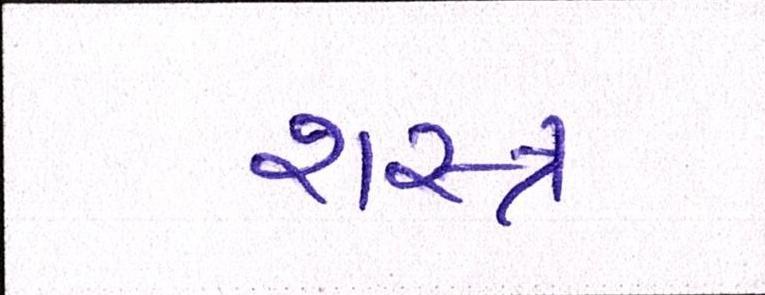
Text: શસ્ત્ર